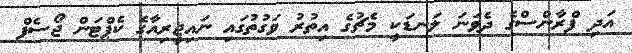
އަދި ފްރާންސްގެ ދެވަނަ ލަނޑަކީ މެޗުގެ އިތުރު ވަގުތުގައި ނައިޖީރިއާގެ ކެޕްޓަން ޖޯސެފް